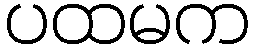
ပထမက